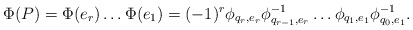
\begin{align*}\Phi(P)=\Phi(e_r)\dots\Phi(e_1)=(-1)^r \phi_{q_r,e_r}\phi_{q_{r-1},e_r}^{-1}\dots\phi_{q_1,e_1}\phi_{q_0,e_1}^{-1}.\end{align*}